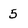
Character: 5